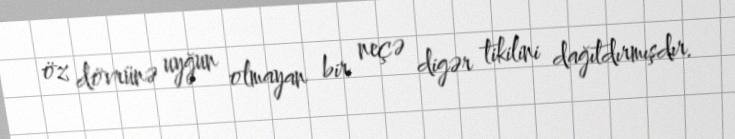
öz dövrünə uyğun olmayan bir neçə digər tikilini dağıtdırmışdır.